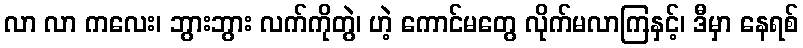
လာ လာ ကလေး၊ ဘွားဘွား လက်ကိုတွဲ၊ ဟဲ့ ကောင်မတွေ လိုက်မလာကြနှင့်၊ ဒီမှာ နေရစ်